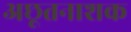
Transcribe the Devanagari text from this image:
अछूतनाशक